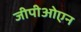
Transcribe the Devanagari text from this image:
जीपीओएन